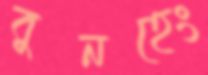
বুনহেং